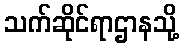
သက်ဆိုင်ရာဌာနသို့